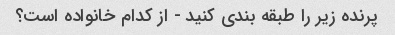
پرنده زیر را طبقه بندی کنید - از کدام خانواده است؟